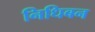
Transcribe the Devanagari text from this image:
निधिबन